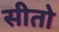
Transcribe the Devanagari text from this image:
सीतो